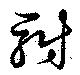
駙